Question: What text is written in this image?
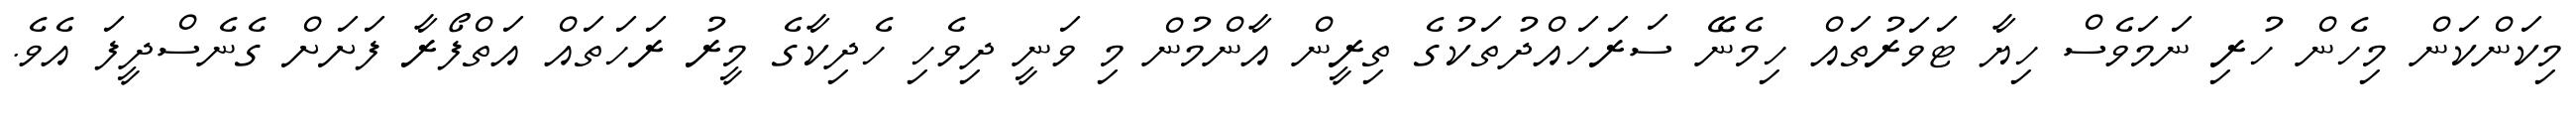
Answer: މިކަންކަން މިހެން ހުރި ނަމަވެސް ހިޔާ ޓަވަރުތައް ހިމެނޭ ސަރަހައްދުތަކުގެ ތިރީން އާންމުން މި ވަނީ ދިވެހި ހެދިކާގެ މީރު ރަހަތައް އަތްފޯރާ ފަށަށް ގެނެސްދީފަ އެވެ.